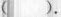
( ).